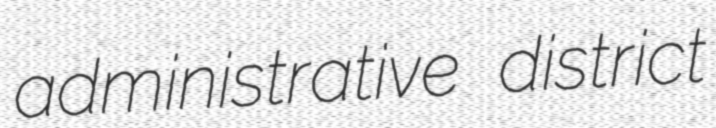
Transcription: administrative district